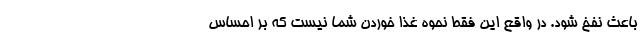
باعث نفخ شود. در واقع این فقط نحوه غذا خوردن شما نیست که بر احساس